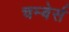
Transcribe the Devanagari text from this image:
चम्बेर्स